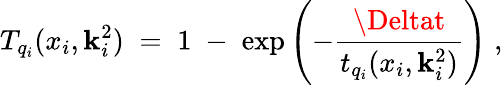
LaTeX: T_{q_{i}}(x_{i},\mathbf{k}_{i}^{2})\; =\; 1\; -\; \exp\left(-\frac{{\Deltat}}{{t_{q_{i}}(x_{i},\mathbf{k}_{i}^{2})}}\right)\; ,